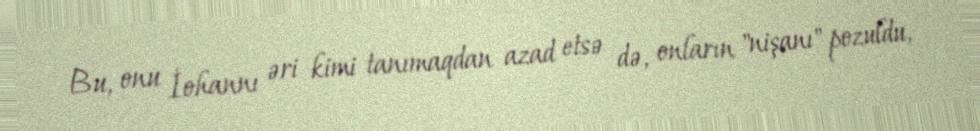
Bu, onu İohannı əri kimi tanımaqdan azad etsə də, onların "nişanı" pozuldu,